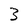
Character: 3